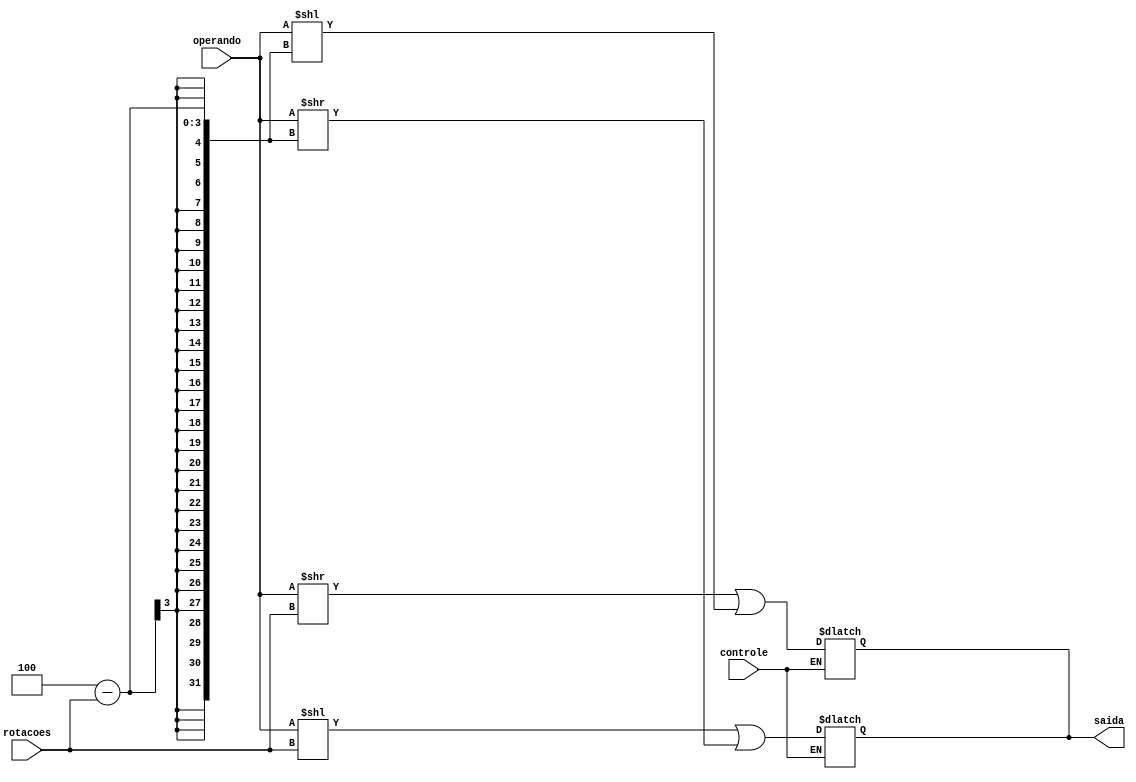
/* Implemente um programa que faa uma operao de rotao (deslocamento
circular)1 em um operando de entrada de 4 bits. O sentido da rotao deve ser
uma entrada do programa e poder ser para a direita (controle = 0) ou para a
esquerda (controle = 1). A quantidade de vezes que os bits sero rotacionados
tambm deve ser uma entrada do seu programa. Crie um testbench para verificar o
funcionamento do seu cdigo. Exemplos de entradas e sadas:
a) Entrada: operando = 0110, controle = 0, rotaes = 2.
Sada: 1001
b) Entrada: operando = 1110, controle = 1, rotaes = 3.
Sada: 0111 

By Felipe Victor, @phvictorr

*/

module main(operando, controle, rotacoes, saida);
    input [3:0] operando; // Entrada de 4 bits
    input controle; // Controle 0 para direita ou 1 para esquerda
    input [2:0] rotacoes; // Quantidade de vezes que os bits sero rotacionados
    output [3:0] saida; // Sada de 4 bits
    reg [3:0] s3; // Sada intermediria

    assign saida = s3; // atribui registrador s3  sada

    always @(controle)
    if(controle == 1'b1) // Se controle for 0, rotao para direita
        s3 = (operando << rotacoes) | (operando >> (4 - rotacoes));

    always @(controle)
    if(controle == 1'b0) // Se controle for 0, rotao para direita
        s3 = (operando >> rotacoes) | (operando << (4 - rotacoes));

endmodule